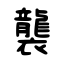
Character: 襲